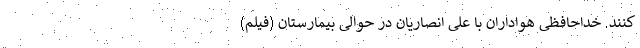
کنند. خداحافظی هواداران با علی انصاریان در حوالی بیمارستان (فیلم)